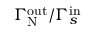
\Gamma _ { \mathrm { N } } ^ { \mathrm { o u t } } / \Gamma _ { s } ^ { \mathrm { i n } }